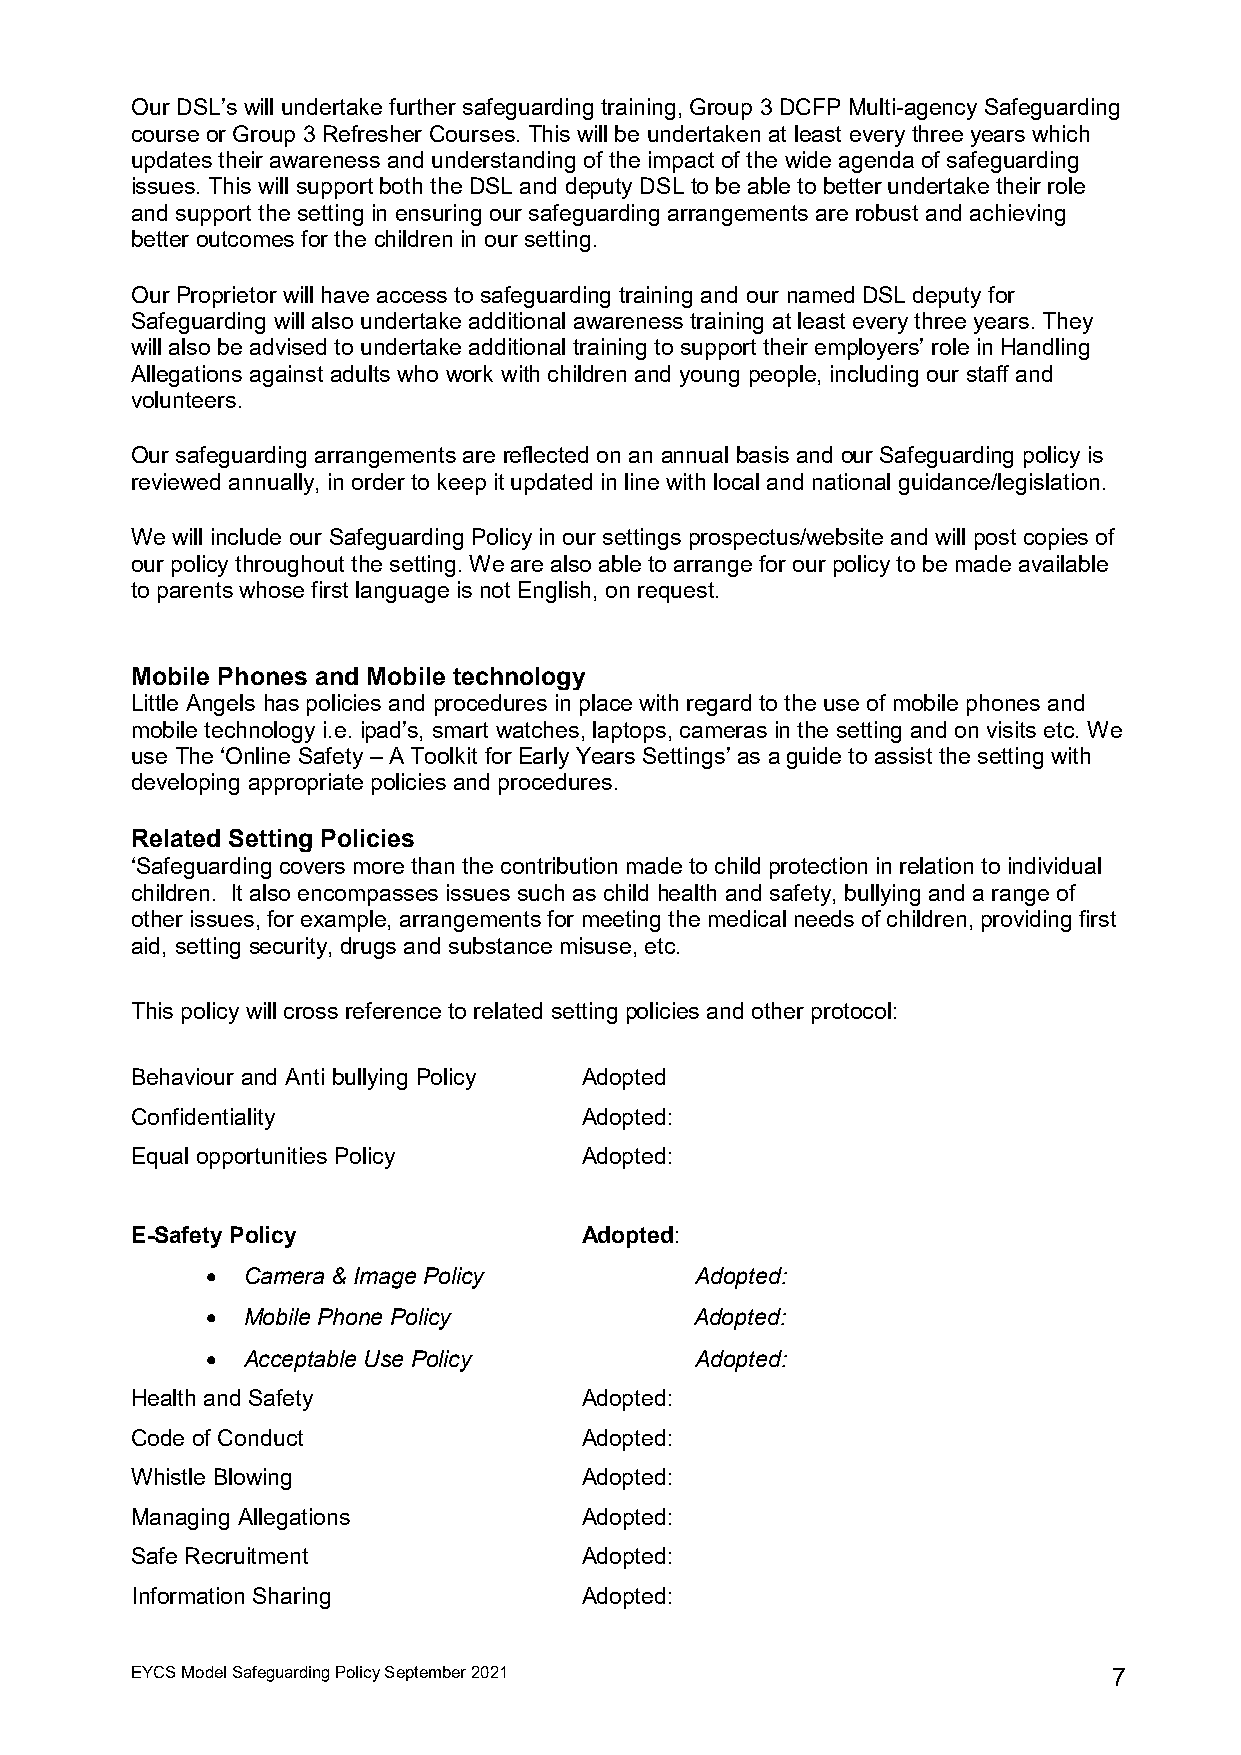
Our DSL’s will undertake further safeguarding training, Group 3 DCFP Multi-agency Safeguarding
 course or Group 3 Refresher Courses. This will be undertaken at least every three years which
 updates their awareness and understanding of the impact of the wide agenda of safeguarding
 issues. This will support both the DSL and deputy DSL to be able to better undertake their role
 and support the setting in ensuring our safeguarding arrangements are robust and achieving
 better outcomes for the children in our setting.
 Our Proprietor will have access to safeguarding training and our named DSL deputy for
 Safeguarding will also undertake additional awareness training at least every three years. They
 will also be advised to undertake additional training to support their employers’ role in Handling
 Allegations against adults who work with children and young people, including our staff and
 volunteers.
 Our safeguarding arrangements are reflected on an annual basis and our Safeguarding policy is
 reviewed annually, in order to keep it updated in line with local and national guidance/legislation.
 We will include our Safeguarding Policy in our settings prospectus/website and will post copies of
 our policy throughout the setting. We are also able to arrange for our policy to be made available
 to parents whose first language is not English, on request.
 Mobile Phones and Mobile technology
 Little Angels has policies and procedures in place with regard to the use of mobile phones and
 mobile technology i.e. ipad’s, smart watches, laptops, cameras in the setting and on visits etc. We
 use The ‘Online Safety – A Toolkit for Early Years Settings’ as a guide to assist the setting with
 developing appropriate policies and procedures.
 Related Setting Policies
 ‘Safeguarding covers more than the contribution made to child protection in relation to individual
 children. It also encompasses issues such as child health and safety, bullying and a range of
 other issues, for example, arrangements for meeting the medical needs of children, providing first
 aid, setting security, drugs and substance misuse, etc.
 This policy will cross reference to related setting policies and other protocol:
 Behaviour and Anti bullying Policy Adopted
 Confidentiality              Adopted:
 Equal opportunities Policy   Adopted:
 E-Safety Policy              Adopted:
 • Camera & Image Policy         Adopted:
 • Mobile Phone Policy           Adopted:
 • Acceptable Use Policy         Adopted:
 Health and Safety            Adopted:
 Code of Conduct              Adopted:
 Whistle Blowing              Adopted:
 Managing Allegations         Adopted:
 Safe Recruitment             Adopted:
 Information Sharing          Adopted:
 EYCS Model Safeguarding Policy September 2021                    7